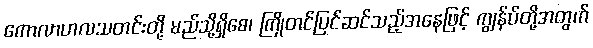
ကောလာဟလသတင်းတို့ မည်သို့ရှိစေ၊ ကြိုတင်ပြင်ဆင်သည့်အနေဖြင့် ကျွန်ပ်တို့အတွက်